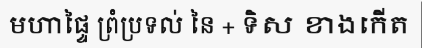
មហាផ្ទៃ ព្រំប្រទល់ នៃ + ទិស ខាងកើត